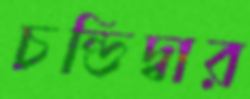
চন্ডিদ্বার